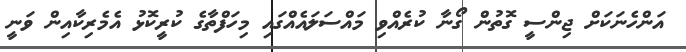
އަންހެނަކަށް ޖިންސީ ގޮތުން ގޯނާ ކުރެއްވި މައްސަލައެއްގައި މިހަފްތާގެ ކުރީކޮޅު އެމެރިކާއިން ވަނީ